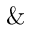
\&